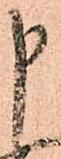
申